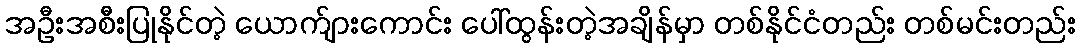
အဦးအစီးပြုနိုင်တဲ့ ယောက်ျားကောင်း ပေါ်ထွန်းတဲ့အချိန်မှာ တစ်နိုင်ငံတည်း တစ်မင်းတည်း